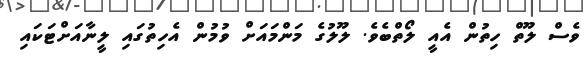
ވެސް ލޫތް ހިތުން އެއީ ލޯތްބެވެ. ލޫލުގެ މަންމައަށް ވުމުން އެހިތުގައި ލީނާއަށްޓަކައި